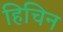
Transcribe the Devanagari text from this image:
हिचिन